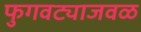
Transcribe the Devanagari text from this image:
फुगवट्याजवळ